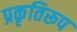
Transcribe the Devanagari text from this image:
प्रकृतिरूप